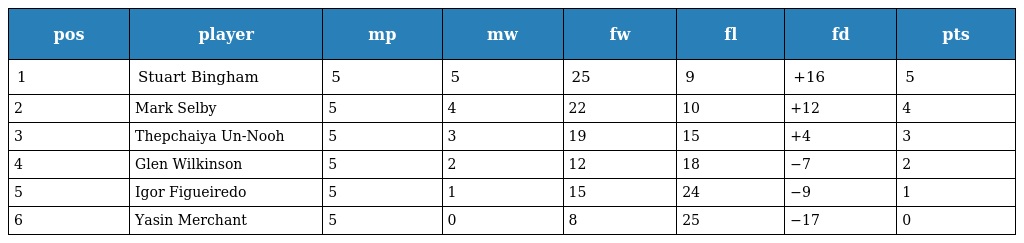
| pos | player | mp | mw | fw | fl | fd | pts |
 | --- | --- | --- | --- | --- | --- | --- | --- |
 | 1 | Stuart Bingham | 5 | 5 | 25 | 9 | +16 | 5 |
 | 2 | Mark Selby | 5 | 4 | 22 | 10 | +12 | 4 |
 | 3 | Thepchaiya Un-Nooh | 5 | 3 | 19 | 15 | +4 | 3 |
 | 4 | Glen Wilkinson | 5 | 2 | 12 | 18 | −7 | 2 |
 | 5 | Igor Figueiredo | 5 | 1 | 15 | 24 | −9 | 1 |
 | 6 | Yasin Merchant | 5 | 0 | 8 | 25 | −17 | 0 |